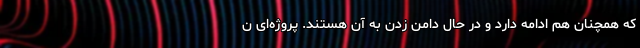
که همچنان هم ادامه دارد و در حال دامن زدن به آن هستند. پروژه‌ای ن